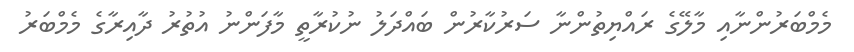
މެމްބަރުންނާއި މާލޭގެ ރައްޔިތުންނާ ސަރުކާރުން ބައްދަލު ނުކުރާތީ މާފަންނު އުތުރު ދާއިރާގެ މެމްބަރު